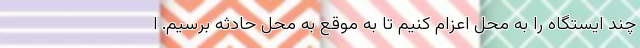
چند ایستگاه را به محل اعزام کنیم تا به موقع به محل حادثه برسیم. ا